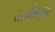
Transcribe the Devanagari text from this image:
तटाभिमुख